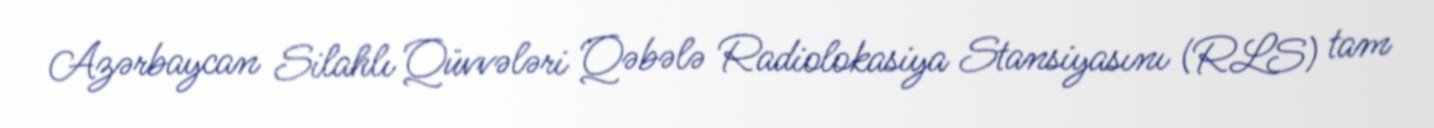
Azərbaycan Silahlı Qüvvələri Qəbələ Radiolokasiya Stansiyasını (RLS) tam